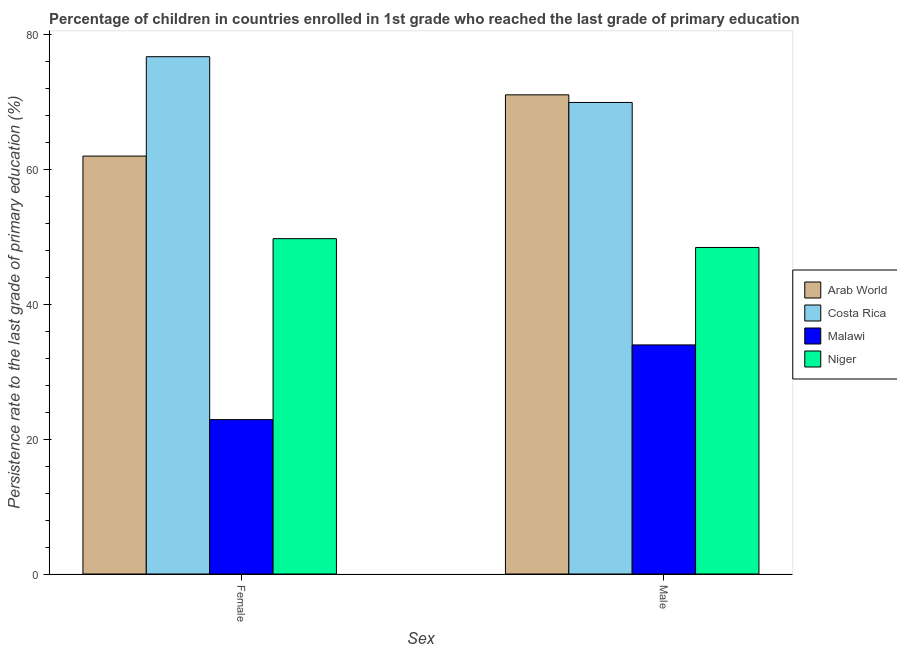
| Sex | Arab World | Costa Rica | Malawi | Niger |
 | --- | --- | --- | --- | --- |
 | Female | 61.9 | 76.7 | 22.9 | 49.7 |
 | Male | 71 | 69.9 | 34 | 48.4 |